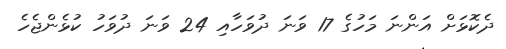
ދެކޮޅަށް އަންނަ މަހުގެ 17 ވަނަ ދުވަހާއި 24 ވަނަ ދުވަހު ކުޅެންޖެހެ